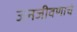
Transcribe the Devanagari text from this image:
जनजीवणाचे